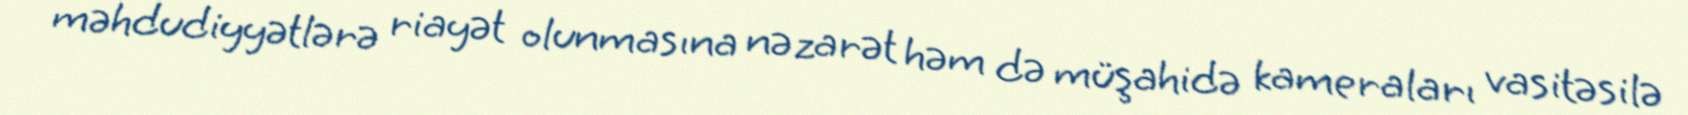
məhdudiyyətlərə riayət olunmasına nəzarət həm də müşahidə kameraları vasitəsilə